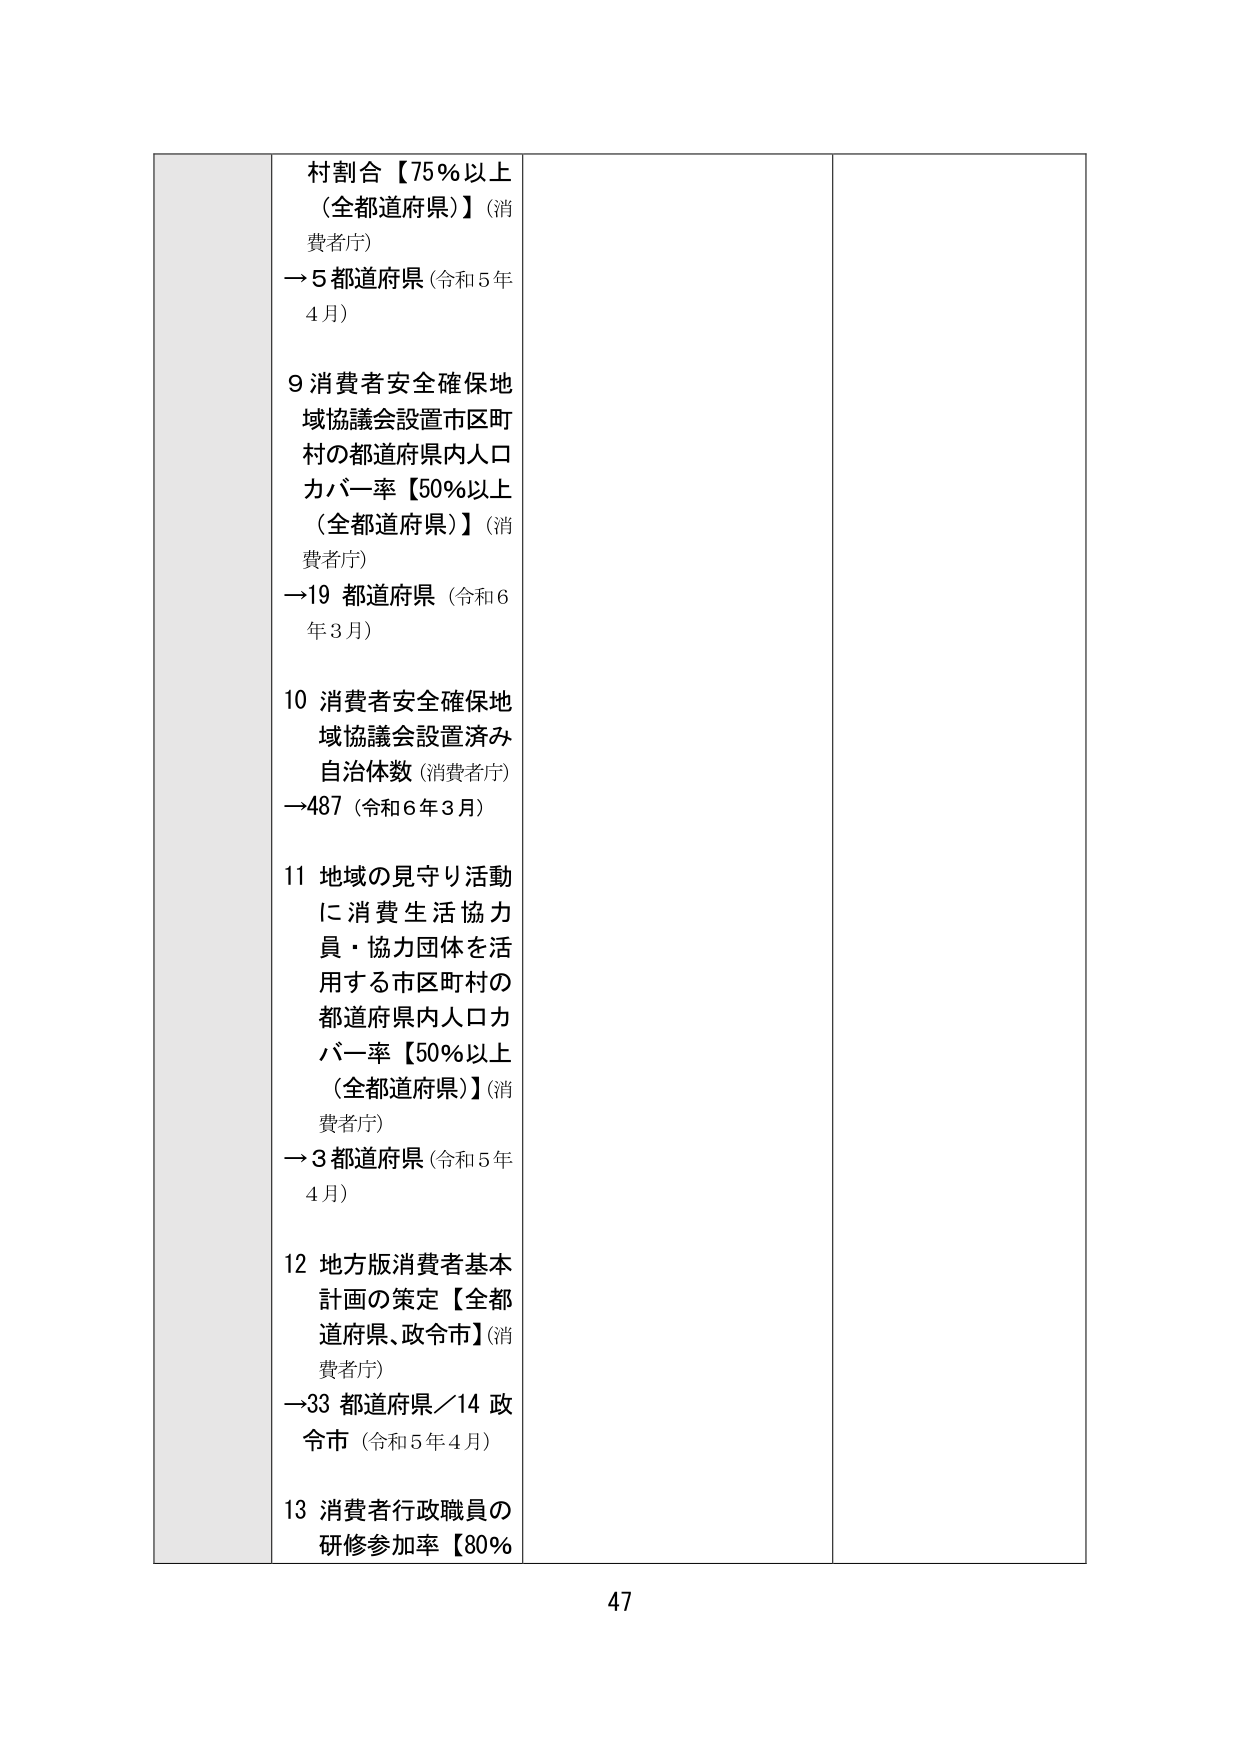
村割合【75％以上（全都道府県）】（消費者庁）
→5 都道府県（令和5年4月）

9 消費者安全確保地域協議会設置市区町村の都道府県内人口カバー率【50％以上（全都道府県）】（消費者庁）
→19 都道府県（令和6年3月）

10 消費者安全確保地域協議会設置済み自治体数（消費者庁）
→487（令和6年3月）

11 地域の見守り活動に消費生活協力員・協力団体を活用する市区町村の都道府県内人口カバー率【50％以上（全都道府県）】（消費者庁）
→3 都道府県（令和5年4月）

12 地方版消費者基本計画の策定【全都道府県、政令市】（消費者庁）
→33 都道府県／14 政令市（令和5年4月）

13 消費者行政職員の研修参加率【80％

47